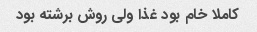
کاملا خام بود غذا ولی روش برشته بود